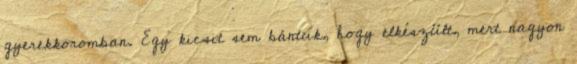
gyerekkoromban. Egy kicsit sem bántuk, hogy elkészült, mert nagyon